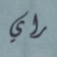
راي